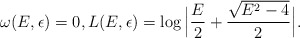
\begin{align*}\omega(E,\epsilon)=0, L(E,\epsilon) =\log \Big|\frac{E}{2}+\frac{\sqrt{E^{2}-4}}{2}\Big|.\end{align*}